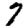
Digit: 7